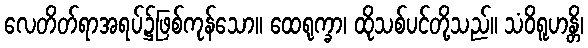
လေတိတ်ရာအရပ်၌ဖြစ်ကုန်သော။ ထေရုက္ခာ၊ ထိုသစ်ပင်တို့သည်။ သံဝိရူဟန္တိ၊